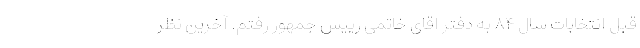
قبل انتخابات سال ۸۴ به دفتر اقای خاتمی رییس جمهور رفتم. آخرین نظر